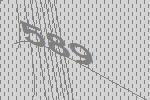
589